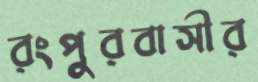
রংপুরবাসীর